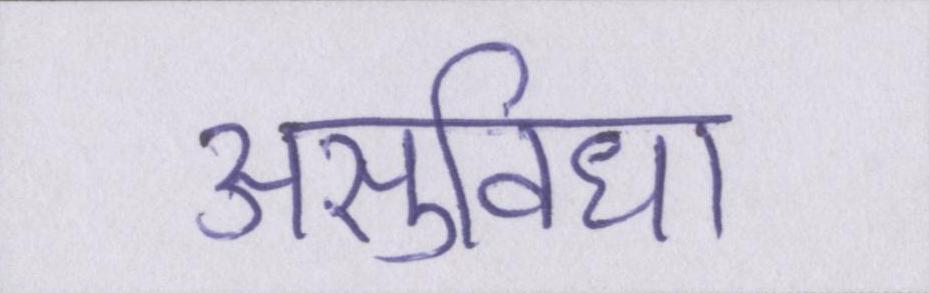
असुविधा